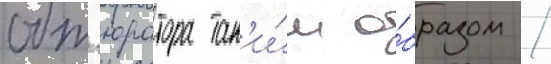
обт'юратора так'и́м о́бразом /